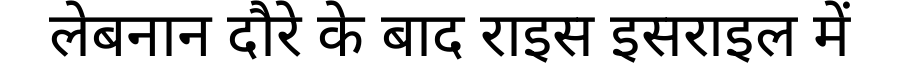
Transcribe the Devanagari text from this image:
लेबनान दौरे के बाद राइस इसराइल में